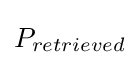
P_{retrieved}